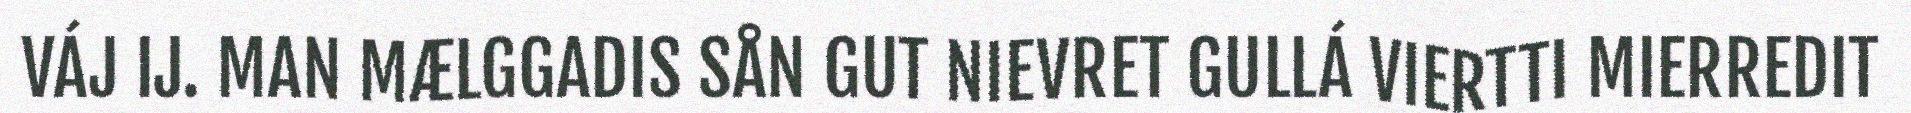
VÁJ IJ. MAN MÆLGGADIS SÅN GUT NIEVRET GULLÁ VIERTTI MIERREDIT